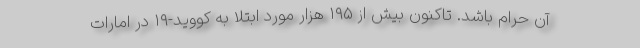
آن حرام باشد. تاکنون بیش از ۱۹۵ هزار مورد ابتلا به کووید-۱۹ در امارات